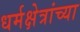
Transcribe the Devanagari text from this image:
धर्मक्षेत्रांच्या